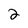
Character: 2